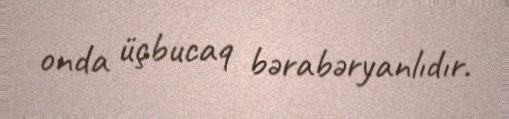
onda üçbucaq bərabəryanlıdır.